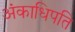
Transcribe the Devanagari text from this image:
अंकाधिपति